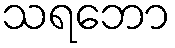
သရဘော